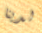
لدينا